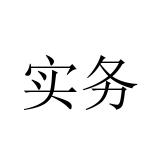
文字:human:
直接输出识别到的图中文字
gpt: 实务